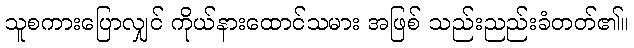
သူစကားပြောလျှင် ကိုယ်နားထောင်သမား အဖြစ် သည်းညည်းခံတတ်၏။